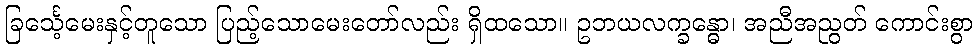
ခြင်္သေ့မေးနှင့်တူသော ပြည့်သောမေးတော်လည်း ရှိထသော။ ဥဘယလက္ခန္ဓော၊ အညီအညွတ် ကောင်းစွာ